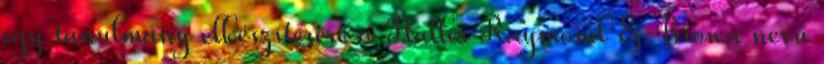
egy tanulmány elkészítésére a Haller Raymond & Brown nevű